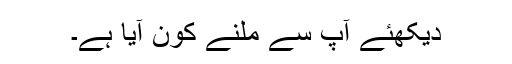
دیکھئے آپ سے ملنے کون آیا ہے۔